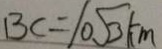
B C = 1 0 . \sqrt { 3 } k m